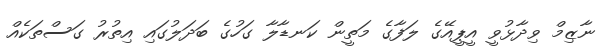
ނާޒިމް ވިދާޅުވީ އީޕީއޭގެ ލަފާގެ މަތީން ކަނޑާލާ ގަހުގެ ބަދަލުގައި އިތުރު ގަސްތަކެއް